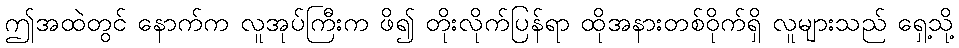
ဤအထဲတွင် နောက်က လူအုပ်ကြီးက ဖိ၍ တိုးလိုက်ပြန်ရာ ထိုအနားတစ်ဝိုက်ရှိ လူများသည် ရှေ့သို့